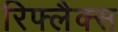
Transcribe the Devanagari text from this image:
रिफ्लैक्स